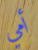
أمي